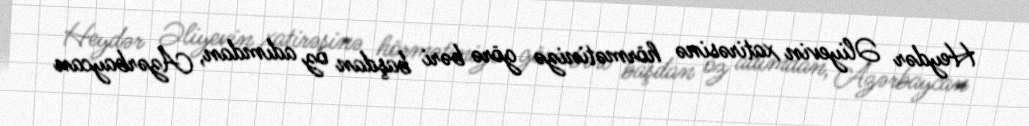
Heydər Əliyevin xatirəsinə hörmətinizə görə bəri başdan öz adımdan, Azərbaycan